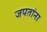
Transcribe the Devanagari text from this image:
जपतांना